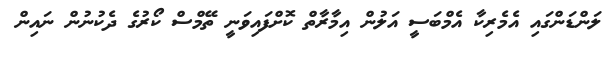
ލަންޑަންގައި އެމެރިކާ އެމްބަސީ އަލުން އިމާރާތް ކޮށްފައިވަނީ ތޭމްސް ކޯރުގެ ދެކުނުން ނައިން